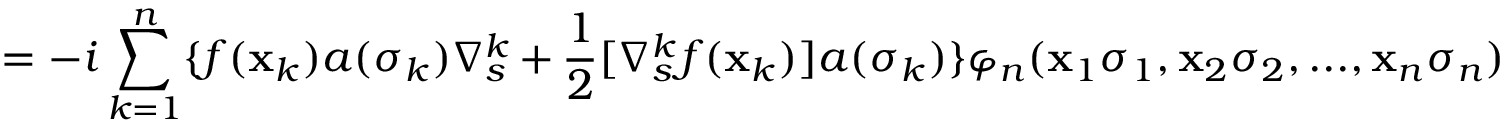
= - i \sum _ { k = 1 } ^ { n } \{ f ( { \bf { x } } _ { k } ) a ( \sigma _ { k } ) \nabla _ { s } ^ { k } + \frac { 1 } { 2 } [ \nabla _ { s } ^ { k } f ( { \bf { x } } _ { k } ) ] a ( \sigma _ { k } ) \} \varphi _ { n } ( { \bf { x } } _ { 1 } \sigma _ { 1 } , { \bf { x } } _ { 2 } \sigma _ { 2 } , . . . , { \bf { x } } _ { n } \sigma _ { n } )